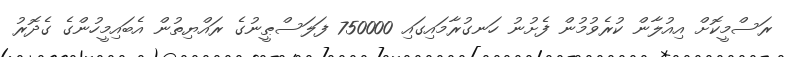
ރަސްމީކޮށް އިއުލާން ކުރެވުމުން ފެށުނު ހަނގުރާމައިގައި 750000 ފަލަސްޠީނުގެ ރައްޔިތުން އެބައިމީހުންގެ ގެދޮރު